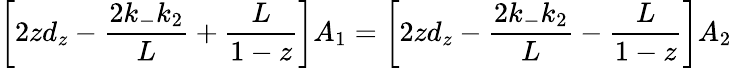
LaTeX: \left[2zd_{z}-\frac{2k_{-}k_{2}}{L}+\frac{L}{1-z}\right]A_{1}=\left[2zd_{z}-\frac{2k_{-}k_{2}}{L}-\frac{L}{1-z}\right]A_{2}